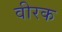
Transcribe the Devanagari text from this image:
वीरक